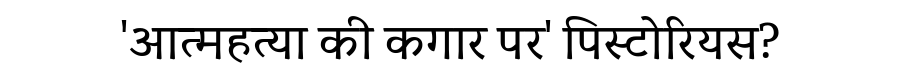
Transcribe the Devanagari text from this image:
'आत्महत्या की कगार पर' पिस्टोरियस?